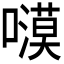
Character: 𭋫